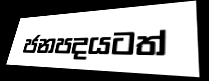
ජනපදයටත්